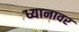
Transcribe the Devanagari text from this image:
ध्यानावर